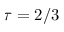
\tau = 2 / 3